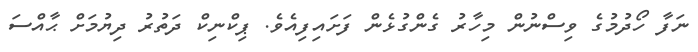
ނަފާ ހޯދުމުގެ ވިސްނުން މިހާރު ގެންގުޅެން ފަށައިފިއެވެ. ޕިކްނިކް ދަތުރު ދިޔުމަށް ޙާއްސަ